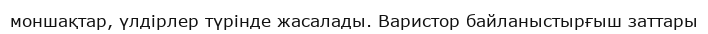
моншақтар, үлдірлер түрінде жасалады. Варистор байланыстырғыш заттары